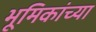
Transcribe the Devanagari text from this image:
भूमिकांच्या